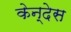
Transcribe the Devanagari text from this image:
केन्देस